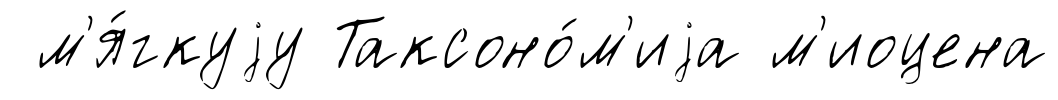
м'я́гкуjу Таксоно́м'иjа м'иоцена